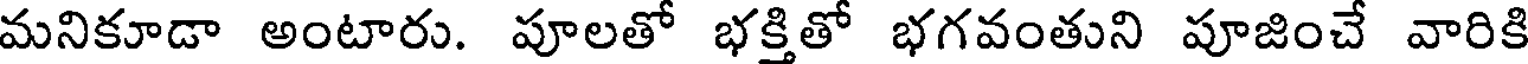
మనికూడా అంటారు. పూలతో భక్తితో భగవంతుని పూజించే వారికి